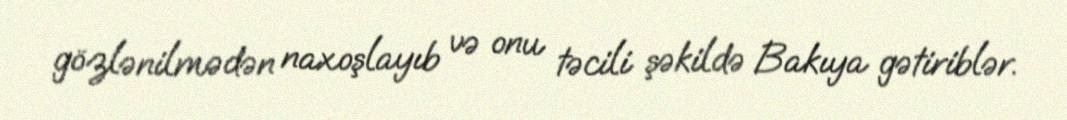
gözlənilmədən naxoşlayıb və onu təcili şəkildə Bakıya gətiriblər.